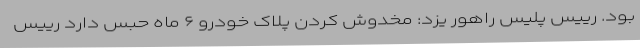
بود. رییس پلیس راهور یزد: مخدوش کردن پلاک خودرو ۶ ماه حبس دارد رییس